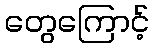
တွေကြောင့်